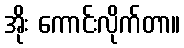
အိုး ကောင်းလိုက်တာ။